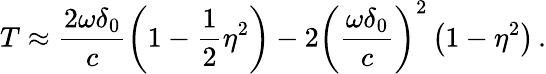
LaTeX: T\approx\frac{2\omega\delta_{0}}{c}\left(1-\frac{1}{2}\eta^{2}\right)-2\left(\frac{\omega\delta_{0}}{c}\right)^{2}\left(1-\eta^{2}\right)\, .